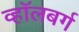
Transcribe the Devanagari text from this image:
व्हाॅलबर्ग